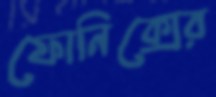
ফোনিক্সের